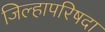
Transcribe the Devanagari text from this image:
जिल्हापरिषदा